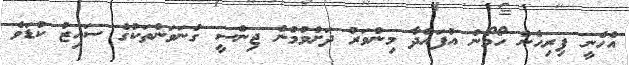
އެހެނީ ފިރިހެން ހޯމޯން އުފައްދާ މިންވަރު ދަށްވުމުން ޖިންސީ ގުނަވަންތަކުގެ ސައިޒު ކުޑަވެ